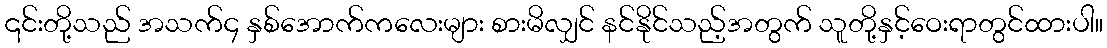
၎င်းတို့သည် အသက်၄ နှစ်အောက်ကလေးများ စားမိလျှင် နင်နိုင်သည့်အတွက် သူတို့နှင့်ဝေးရာတွင်ထားပါ။